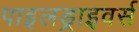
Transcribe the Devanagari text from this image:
पाइलड्राइवर्स